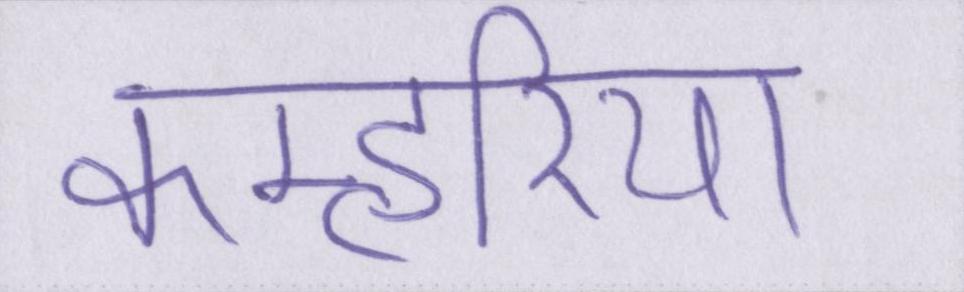
कम्हरिया